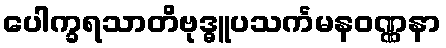
ပေါက္ခရသာတိဗုဒ္ဓူပသင်္ကမနဝဏ္ဏနာ